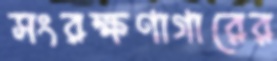
সংরক্ষণাগারের